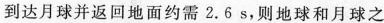
到达月球并返回地面约需2.6 s，则地球和月球之